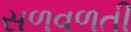
સળવળતી